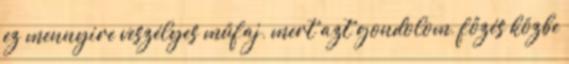
ez mennyire veszélyes műfaj, mert azt gondolom, főzés közbe